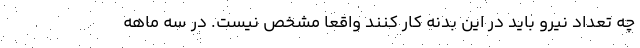
چه تعداد نیرو باید در این بدنه کار کنند واقعا مشخص نیست. در سه ماهه